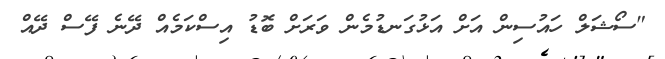
"ސޯޝަލް ހައުސިން އަށް އަޅުގަނޑުމެން ވަރަށް ބޮޑު އިސްކަމެއް ދޭނެ ފޭސް ދޭއް